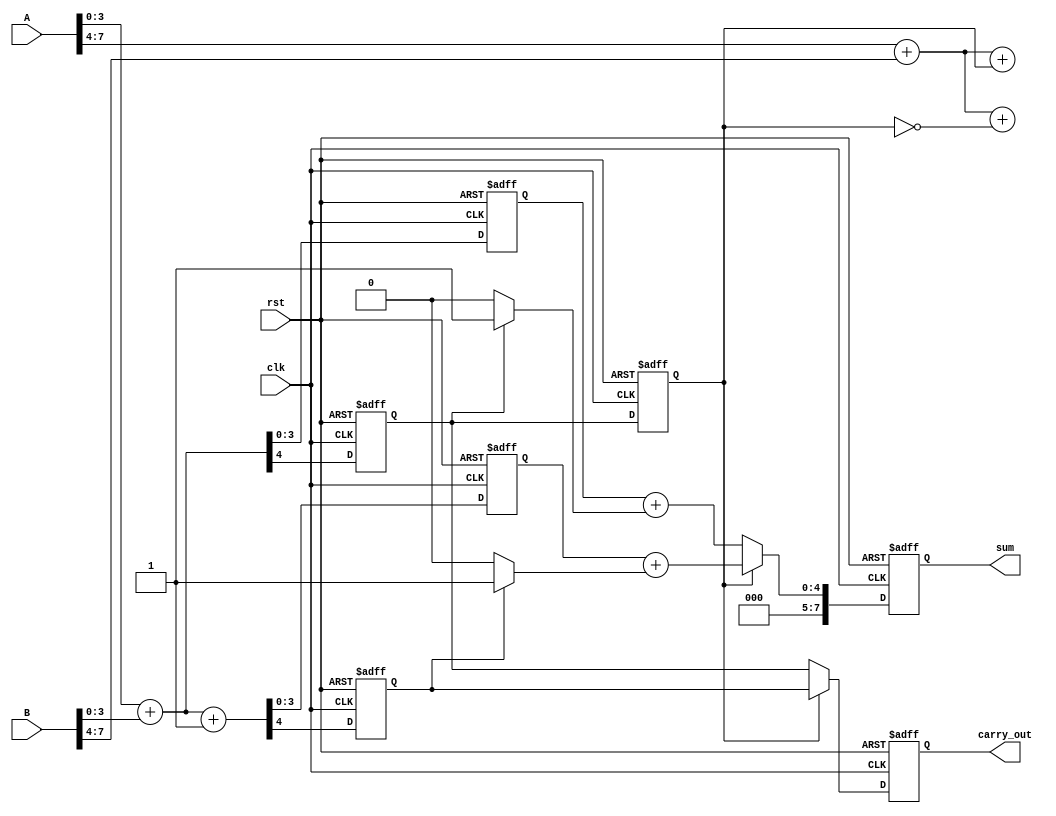
module Pipelined_Carry_Select_Adder (
    input wire clk,
    input wire rst,
    input wire [7:0] A, // 8-bit input A
    input wire [7:0] B, // 8-bit input B
    output reg [7:0] sum, // 8-bit sum output
    output reg carry_out // carry output
);

// Internal signals
wire [3:0] sum0, sum1; // Sum outputs for carry-in 0 and 1
wire carry0, carry1;    // Carry outputs for carry-in 0 and 1
reg [3:0] A0, A1, B0, B1; // Split inputs
reg cin; // Carry-in from previous stage
reg [3:0] sum_reg0, sum_reg1; // Registered sums
reg carry_reg0, carry_reg1; // Registered carries

// Divide inputs into two segments
always @(*) begin
    A0 = A[3:0];
    A1 = A[7:4];
    B0 = B[3:0];
    B1 = B[7:4];
end

// Block for first segment
always @(*) begin
    {carry0, sum0} = A0 + B0; // Carry-in assumed to be 0
    {carry1, sum1} = A0 + B0 + 1'b1; // Carry-in assumed to be 1
end

// Block for second segment
always @(*) begin
    {carry_reg0, sum_reg0} = A1 + B1 + cin; // Using carry from first segment
    {carry_reg1, sum_reg1} = A1 + B1 + (cin ^ 1'b1); // Assume carry-in is 1
end

// Pipelined registers and carry selection
always @(posedge clk or posedge rst) begin
    if (rst) begin
        sum <= 0;
        carry_out <= 0;
        cin <= 0;
        sum_reg0 <= 0;
        sum_reg1 <= 0;
        carry_reg0 <= 0;
        carry_reg1 <= 0;
    end else begin
        // Latch results of first segment
        sum_reg0 <= sum0;
        carry_reg0 <= carry0;
        
        // Latch results of second segment
        sum_reg1 <= sum1;
        carry_reg1 <= carry1;

        // Select appropriate sum and carry for final output
        if (cin) begin
            sum <= sum_reg1 + (carry_reg1 ? 4'b0001 : 4'b0000);
            carry_out <= carry_reg1;
        end else begin
            sum <= sum_reg0 + (carry_reg0 ? 4'b0001 : 4'b0000);
            carry_out <= carry_reg0;
        end
        
        // Update carry for next stage
        cin <= carry_reg0; // Carry out from segment 0 to segment 1
    end
end

endmodule